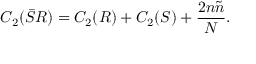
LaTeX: C _ { 2 } ( \bar { S } R ) = C _ { 2 } ( R ) + C _ { 2 } ( S ) + \frac { 2 n \tilde { n } } { N } .